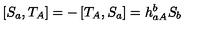
\left[ S _ { a } , T _ { A } \right] = - \left[ T _ { A } , S _ { a } \right] = h _ { a A } ^ { b } S _ { b }